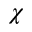
\chi